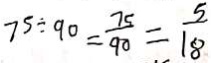
7 5 \div 9 0 = \frac { 7 5 } { 9 0 } = \frac { 5 } { 1 8 }